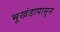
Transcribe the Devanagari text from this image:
भूखंडापासून